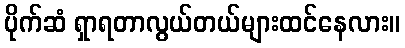
ပိုက်ဆံ ရှာရတာလွယ်တယ်များထင်နေလား။